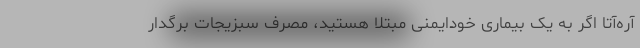
آره‌آتا اگر به یک بیماری خودایمنی مبتلا هستید، مصرف سبزیجات برگدار